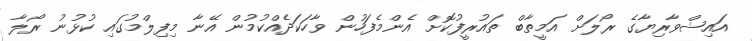
އައިޝްވާރިޔާގެ ރޯލަށް އަމީީތާބް ތައުރީފުކޮށް އެންމެފަހުން ވާހަކަދެއްކުމުން އޭނާ މިފިލްމުގައި ކުޅުނު ރޯލާ